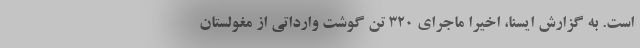
است. به گزارش ایسنا، اخیرا ماجرای ۳۲۰ تن گوشت وارداتی از مغولستان